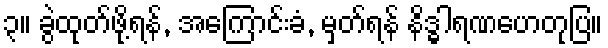
၃။ ခွဲထုတ်ဖို့ရန်, အကြောင်းခံ, မှတ်ရန် နိဒ္ဓါရဏဟေတုပြ။